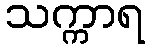
သက္ကာရ